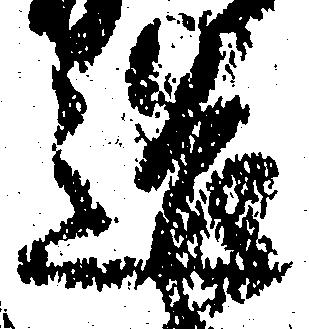
造